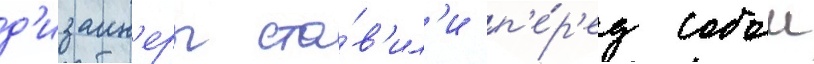
д'изаин'еры ста́в'ил'и п'е́р'ед собои